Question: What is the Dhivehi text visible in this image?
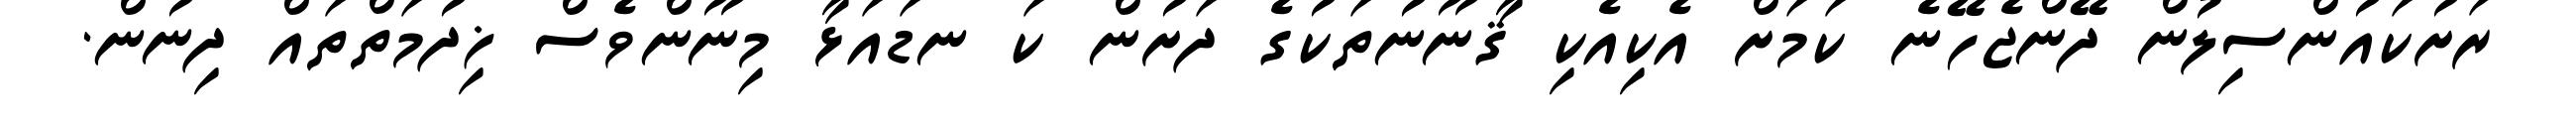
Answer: ރަށުކައުންސިލުން ދޭންޖެހޭނެ ކަމަށް އެކިއެކި ޤާނޫނުތަކުގެ ދަށުން ކަ ނޑައަޅާ މިނޫންވެސް ޚިދުމަތްތައް ދިނުން.